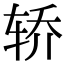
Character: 轿